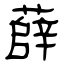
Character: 薛